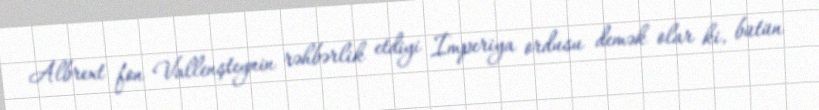
Albrext fon Vallenşteynin rəhbərlik etdiyi İmperiya ordusu demək olar ki, bütün